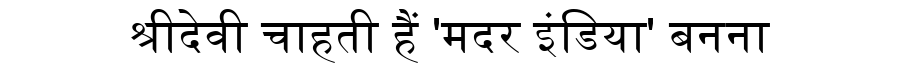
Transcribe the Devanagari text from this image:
श्रीदेवी चाहती हैं 'मदर इंडिया' बनना